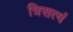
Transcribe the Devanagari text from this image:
त्रिसत्यं